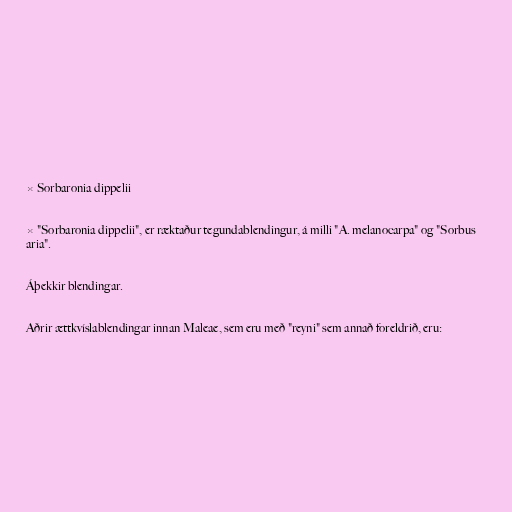
× Sorbaronia dippelii

× "Sorbaronia dippelii", er ræktaður tegundablendingur, á milli "A. melanocarpa" og "Sorbus
aria".

Áþekkir blendingar.

Aðrir ættkvíslablendingar innan Maleae, sem eru með "reyni" sem annað foreldrið, eru: